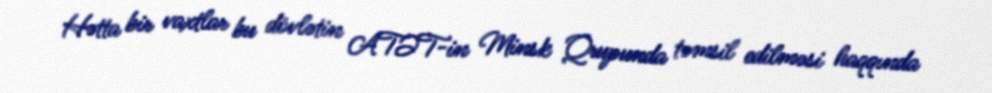
Hətta bir vaxtlar bu dövlətin ATƏT-in Minsk Qrupunda təmsil edilməsi haqqında